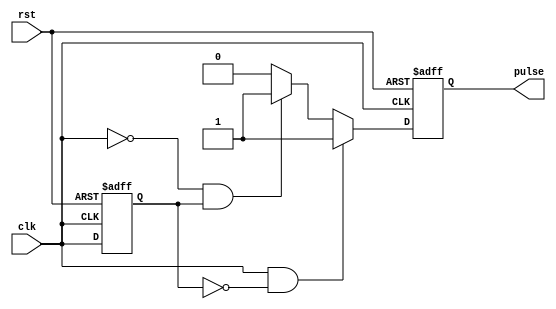
module pulse_edge_detector (
    input wire clk,          // Input signal
    input wire rst,          // Reset signal
    output reg pulse         // Output pulse signal
);

    // Internal signal to hold the previous state of the input signal
    reg prev_clk;

    // Edge detection logic
    always @(posedge clk or posedge rst) begin
        if (rst) begin
            // Reset condition
            prev_clk <= 1'b0;
            pulse <= 1'b0;
        end else begin
            // Detect rising edge
            if (clk == 1'b1 && prev_clk == 1'b0) begin
                pulse <= 1'b1; // Generate pulse on rising edge
            end
            // Detect falling edge
            else if (clk == 1'b0 && prev_clk == 1'b1) begin
                pulse <= 1'b1; // Generate pulse on falling edge
            end
            else begin
                pulse <= 1'b0; // No edge detected, reset pulse
            end
            
            // Update previous state
            prev_clk <= clk;
        end
    end

endmodule